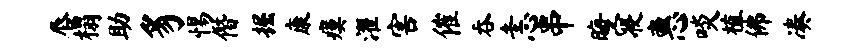
唇榻助豸惕僭掘康瘼濯害催吞恚串晦寝惠啖植佛凑